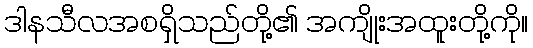
ဒါနသီလအစရှိသည်တို့၏ အကျိုးအထူးတို့ကို။